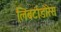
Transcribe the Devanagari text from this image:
लिबर्टाडोरेस